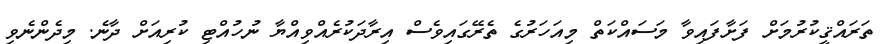
ތަރައްޤީކުރުމަށް ފަށާފައިވާ މަސައްކަތް މިއަހަރުގެ ތެރޭގައިވެސް އިރާދަކުރެއްވިއްޔާ ނުހުއްޓި ކުރިއަށް ދާނެ. މިދެންނެވި